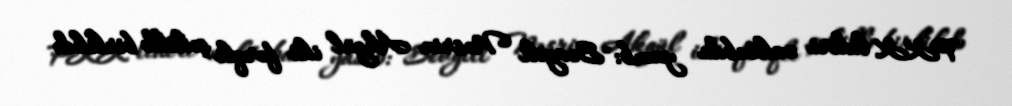
PKK lideri məktubda yazıb: "Sevgili Nəsrin Akgül iki fərqli şəkillə birlikdə